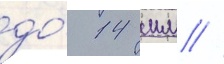
до́ 14 мм //